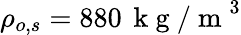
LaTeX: \rho_{o,s}=880\, \mathrm{~k~g~/~m~}^{3}